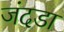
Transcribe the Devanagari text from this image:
जंदडा